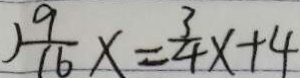
) \frac { 9 } { 1 6 } x = \frac { 3 } { 4 } x + 4